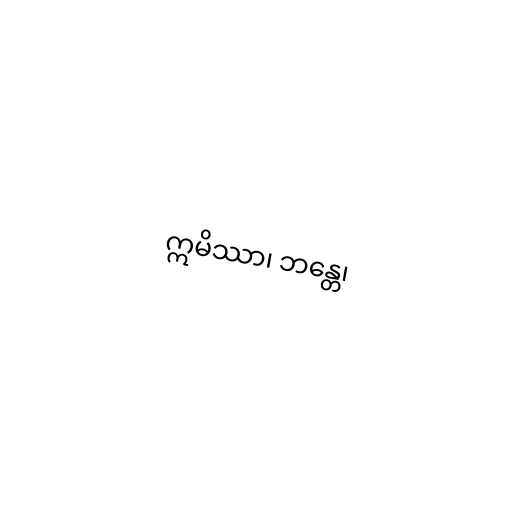
ဣမိဿာ၊ ဘန္တေ၊